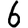
Digit: 6